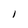
Character: l